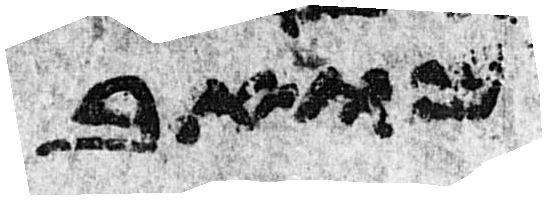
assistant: מואב